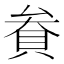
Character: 貵